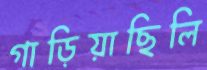
গাড়িয়াছিলি